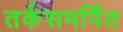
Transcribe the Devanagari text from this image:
तर्कसमर्पित